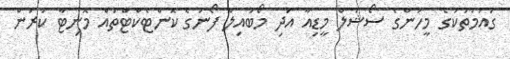
ގައުމުތަކުގެ މީހުންގެ ސޯޝަލް މީޑިއާ އަދި މޯބަައިލް ފޯނުގެ ކޮންޓެކްޓްތައް މޮނިޓާ ކުރަން